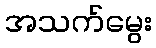
အသက်မွေး